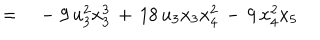
\qquad \qquad = \quad - \; 9 \, u _ { 3 } ^ { 2 } x _ { 3 } ^ { 3 } \, + \, 1 8 \, u _ { 3 } x _ { 3 } x _ { 4 } ^ { 2 } \, - \, 9 \, x _ { 4 } ^ { 2 } x _ { 5 }